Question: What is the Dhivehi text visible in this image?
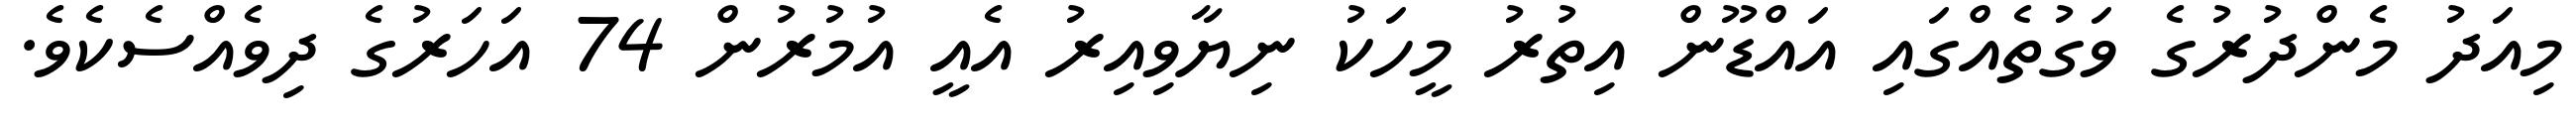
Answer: މިއަދު މެންދުރުގެ ވަގުތެއްގައި އައްޑޫން އިތުރު މީހަކު ނިޔާވިއިރު އެއީ އުމުރުން 74 އަހަރުގެ ދިވެއްސެކެވެ.